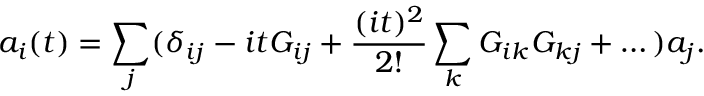
a _ { i } ( t ) = \sum _ { j } ( \delta _ { i j } - i t G _ { i j } + { \frac { ( i t ) ^ { 2 } } { 2 ! } } \sum _ { k } G _ { i k } G _ { k j } + \dots ) a _ { j } .